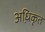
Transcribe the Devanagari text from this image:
अधि़कृत